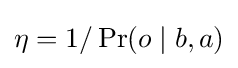
\eta =1/\Pr(o\mid b,a)